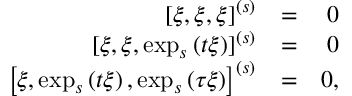
\begin{array} { r l r } { \left[ \xi , \xi , \xi \right] ^ { \left( s \right) } } & { = } & { 0 } \\ { \lbrack \xi , \xi , \exp _ { s } \left( t \xi \right) ] ^ { \left( s \right) } } & { = } & { 0 } \\ { \left[ \xi , \exp _ { s } \left( t \xi \right) , \exp _ { s } \left( \tau \xi \right) \right] ^ { \left( s \right) } } & { = } & { 0 , } \end{array}